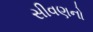
સીવણનો